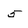
Character: 5